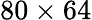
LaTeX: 80\times 64